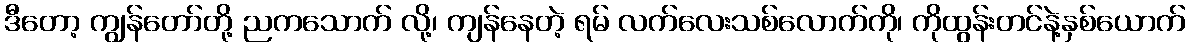
ဒီတော့ ကျွန်တော်တို့ ညကသောက် လို့၊ ကျန်နေတဲ့ ရမ် လက်လေးသစ်လောက်ကို၊ ကိုထွန်းတင်နဲ့နှစ်ယောက်